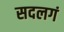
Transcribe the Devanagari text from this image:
सदलगं